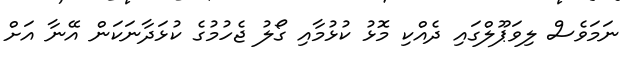
ނަމަވެސް ލިވަޕޫލްގައި ދެއްކި މޮޅު ކުޅުމާއި ގޯލު ޖެހުމުގެ ކުޅަދާނަކަން އޭނާ އަށް